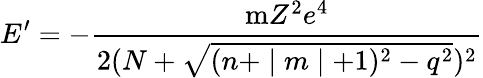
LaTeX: E^{\prime}=-\frac{\mathrm{m}Z^{2}e^{4}}{2(N+\sqrt{(n+\mid m\mid+1)^{2}-q^{2}})^{2}}